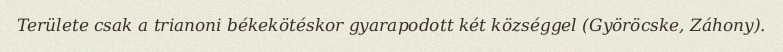
Területe csak a trianoni békekötéskor gyarapodott két községgel (Györöcske, Záhony).